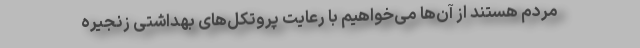
مردم هستند از آن‌ها می‌خواهیم با رعایت پروتکل‌های بهداشتی زنجیره